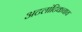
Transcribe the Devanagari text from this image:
अटलांटिकचाच